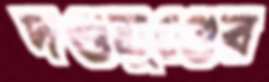
দণ্ডমুণ্ডের